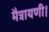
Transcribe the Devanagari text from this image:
मैत्रायणी।